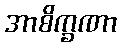
အာစိက္ခဏာ